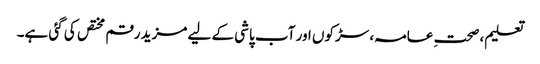
تعلیم، صحتِ عامہ، سڑکوں اور آب پاشی کے لیے مزید رقم مختص کی گئی ہے۔